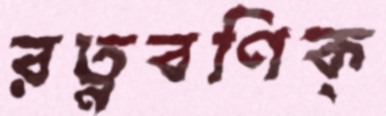
রত্নবণিক্‌